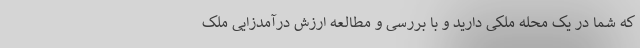
که شما در یک محله ملکی دارید و با بررسی و مطالعه ارزش درآمدزایی ملک